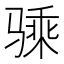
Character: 𱅢